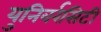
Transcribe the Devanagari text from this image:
युनिवर्रसिटी